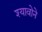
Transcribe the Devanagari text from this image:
श्यावोने